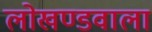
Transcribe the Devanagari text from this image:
लोखण्डवाला